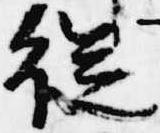
従